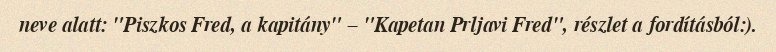
neve alatt: "Piszkos Fred, a kapitány" – "Kapetan Prljavi Fred", részlet a fordításból:).